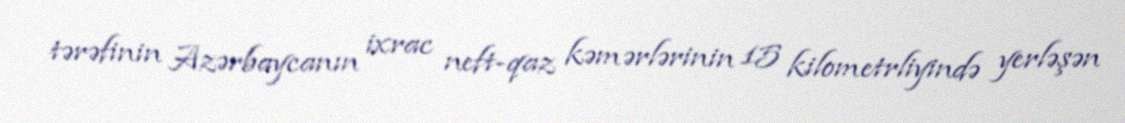
tərəfinin Azərbaycanın ixrac neft-qaz kəmərlərinin 15 kilometrliyində yerləşən